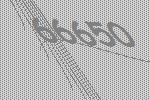
66650